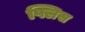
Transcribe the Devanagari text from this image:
फ्लिस